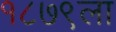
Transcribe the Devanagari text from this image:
१८७९ला